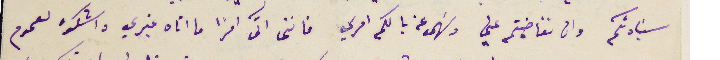
سَيادتكم وان تغاضيتم عني وسَهى عن بالكم امري فاننى آتى امرًا ما اتاه غيري واشكوه لعموم